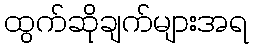
ထွက်ဆိုချက်များအရ